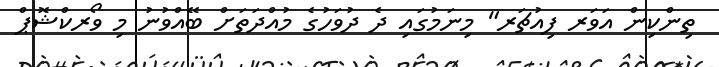
ތިންކިން އަވަރ ފިއުޗަރ" މިނަމުގައި ދެ ދުވަހުގެ މުއްދަތަށް ބޭއްވުނު މި ވޯރކްޝޮޕް